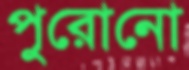
পুরোনো